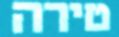
טירה